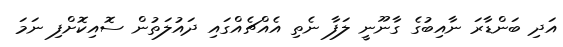
އަދި ބަންޑާރަ ނާއިބުގެ ގާނޫނީ ލަފާ ނެތި އެއްޗެއްގައި ދައުލަތުން ސޮއިކޮށްފި ނަމަ